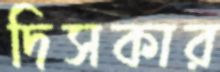
দিসকার